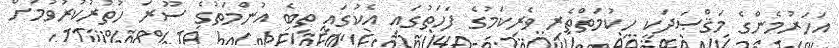
އަހަރުމެންގެ މަޤްޞަދަކީ ހިކުމަތްތެރި ވެރިކަމުގެ ފަހަތުގައި އެކުގައި ތިބެ އުންމަތުގެ ސޫރަ ހުތުރުކުރުވުމަށް